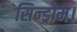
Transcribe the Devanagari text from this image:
सिन्ड्रोम।